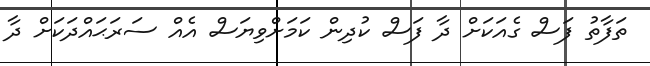
ތަފާތު ފަސް ގެއަކަށް ދާ ފަސް ކުދިން ކަމަށްވިޔަސް އެއް ސަރަޙައްދަކަށް ދާ